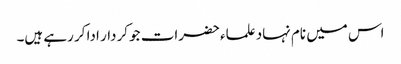
اس میں نام نہاد علماء حضرات جو کردار ادا کر رہے ہیں۔